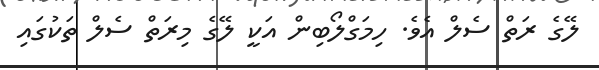
ލޭގެ ރަތް ސެލް އެވެ. ހިމަގްލޯބިން އަކީ ލޭގެ މިރަތް ސެލް ތަކުގައި